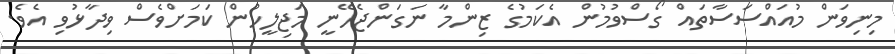
މިނިވަން މުއައްސަސާތައް ގޯސްވުމުން އެކަމުގެ ޒިންމާ ނަގަންޖެހޭނީ މަޖިލީހުން ކަމަށްވެސް ވިދާޅުވި އެވެ.